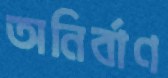
অনির্বাণ